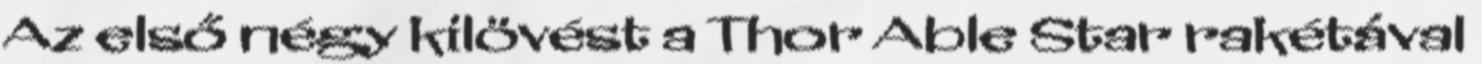
Az első négy kilövést a Thor Able Star rakétával